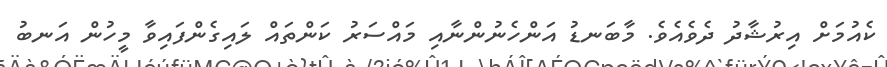
ކެއުމަށް އިރުޝާދު ދެވެއެވެ. މާބަނޑު އަންހެނުންނާއި މައްސަރު ކަންތައް ލައިގެންފައިވާ މީހުން އަނބު